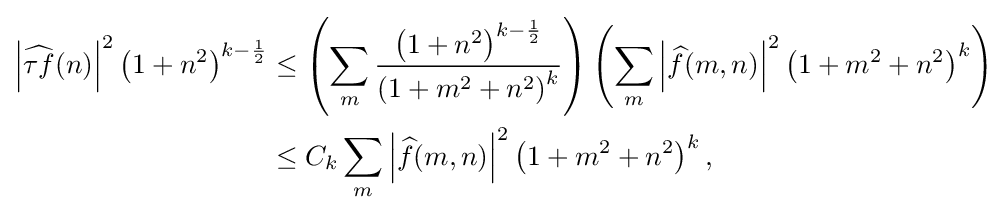
{\begin{aligned}\left|{\widehat {\tau f}}(n)\right|^{2}\left(1+n^{2}\right)^{k-{\frac {1}{2}}}&\leq \left(\sum _{m}{\frac {\left(1+n^{2}\right)^{k-{\frac {1}{2}}}}{\left(1+m^{2}+n^{2}\right)^{k}}}\right)\left(\sum _{m}\left|{\widehat {f}}(m,n)\right|^{2}\left(1+m^{2}+n^{2}\right)^{k}\right)\\&\leq C_{k}\sum _{m}\left|{\widehat {f}}(m,n)\right|^{2}\left(1+m^{2}+n^{2}\right)^{k},\end{aligned}}